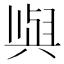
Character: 𫤰